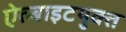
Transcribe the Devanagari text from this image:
ऐल्बाइटयुक्त